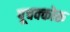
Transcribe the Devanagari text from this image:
पूचक्कोरू